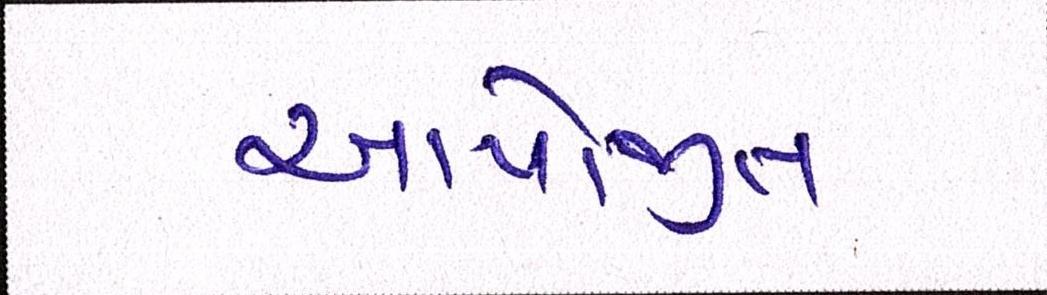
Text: આયોજીત